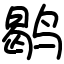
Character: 鹖